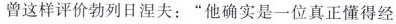
曾这样评价勃列日涅夫：”他确实是一位真正懂得经